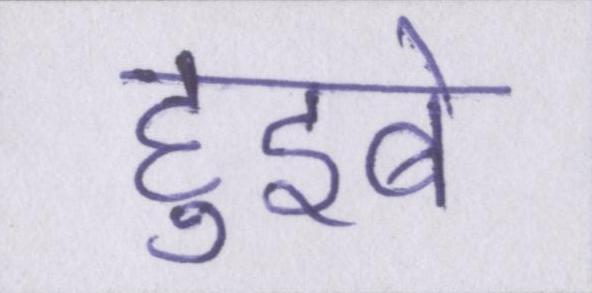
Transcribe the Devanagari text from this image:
हुइबे